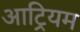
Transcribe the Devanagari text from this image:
आट्रियम